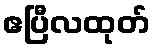
ဧပြီလထုတ်